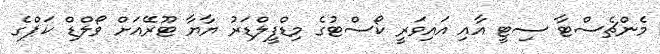
މެންޗެސްޓާ ސިޓީ އާއި އައިވަރީ ކޯސްޓުގެ މިޑްފީލްޑަރު ޔާޔާ ޓޫރޭއަށް ވޯލްޑް ކަޕްގެ